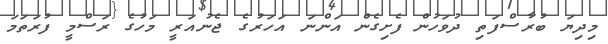
މިދިޔަ ބުރާސްފަތި ދުވަހުން ފެށިގެން އަންނަ އަހަރުގެ ޖެނުއަރީ މަހުގެ ރަސްމީ ފުރަތަމަ